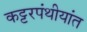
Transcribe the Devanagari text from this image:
कट्टरपंथीयांत